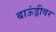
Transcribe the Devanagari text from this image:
बाऊंड्रीवर